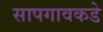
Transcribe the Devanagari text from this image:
सापगावकडे